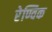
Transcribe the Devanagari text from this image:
रेण्विक